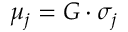
\mu _ { j } = G \cdot \sigma _ { j }